Annual report of the Punjab Veterinary College and of the Civil Veterinary Department, Punjab - 1926-1932
Year: 1926
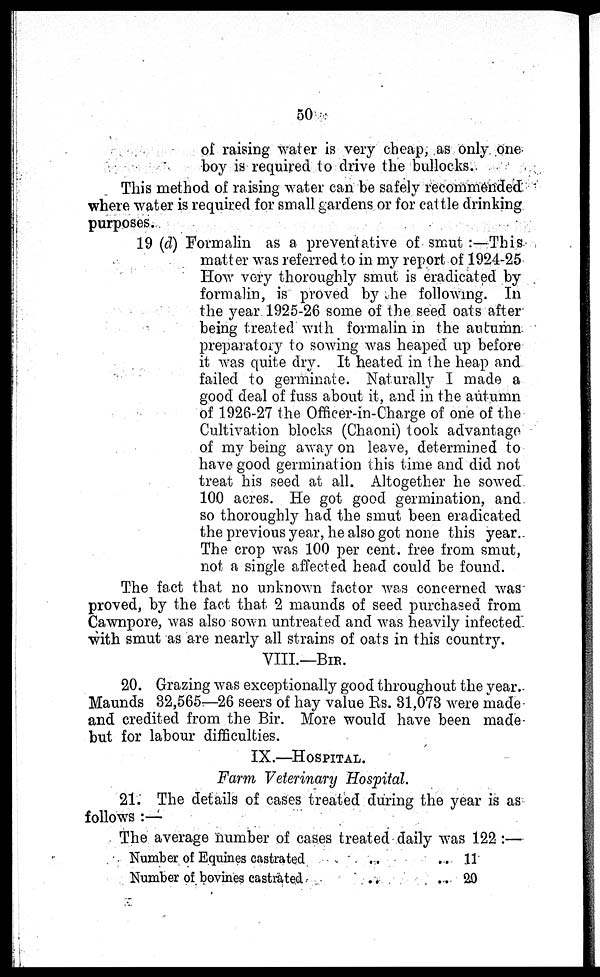
50
of raising water is very cheap, as only one
boy is required to drive the bullocks.
This method of raising water can be safely recommended
where water is required for small gardens or for cattle drinking
purposes.
19 (d) Formalin as a preventative of smut :—This
matter was referred to in my report of 1924-25
How very thoroughly smut is eradicated by
formalin, is proved by the following. In
the year 1925-26 some of the seed oats after
being treated with formalin in the autumn
preparatory to sowing was heaped up before
it was quite dry. It heated in the heap and
failed to germinate. Naturally I made a
good deal of fuss about it, and in the autumn
of 1926-27 the Officer-in-Charge of one of the
Cultivation blocks (Chaoni) took advantage
of my being away on leave, determined to
have good germination this time and did not
treat his seed at all. Altogether he sowed
100 acres. He got good germination, and
so thoroughly had the smut been eradicated
the previous year, he also got none this year.
The crop was 100 per cent. free from smut,
not a single affected head could be found.
The fact that no unknown factor was concerned was
proved, by the fact that 2 maunds of seed purchased from
Cawnpore, was also sown untreated and was heavily infected
with smut as are nearly all strains of oats in this country.
VIII.—BIR.
20. Grazing was exceptionally good throughout the year.
Maunds 32,565—26 seers of hay value Rs. 31,073 were made
and credited from the Bir. More would have been made
but for labour difficulties.
IX.—HOSPITALS.
Farm Veterinary Hospital.
21. The details of cases treated during the year is as
follows :—
The average number of cases treated daily was 122 :—
Number of Equines castrated
..
..
Number of bovines castrated .. ..
11
20